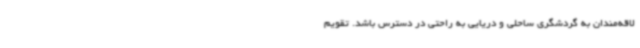
لاقه‌مندان به گردشگری ساحلی و دریایی به راحتی در دسترس باشد. تقویم